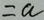
= a